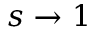
s \to 1